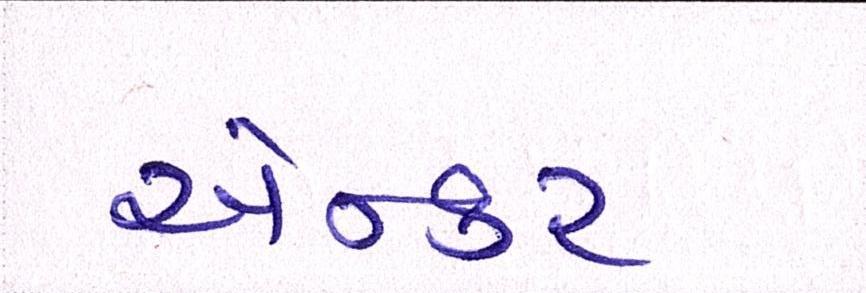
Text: એન્કર